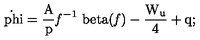
\mathrm { \dot { \ p h i } = { \frac { A } { p } } { \it f } ^ { - 1 } \ b e t a ( { \it f } ) - { \frac { W _ { u } } { 4 } } + q ; }